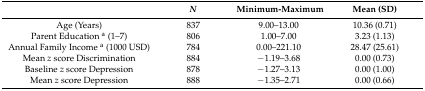
|  | N | Minimum-Maximum | Mean (SD) |
 | --- | --- | --- | --- |
 | Age (Years) | 837 | 9.00–13.00 | 10.36 (0.71) |
 | Parent Education a (1–7) | 806 | 1.00–7.00 | 3.23 (1.13) |
 | Annual Family Income a (1000 USD) | 784 | 0.00–221.10 | 28.47 (25.61) |
 | Mean z score Discrimination | 884 | −1.19–3.68 | 0.00 (0.73) |
 | Baseline z score Depression | 878 | −1.27–3.13 | 0.00 (1.00) |
 | Mean z score Depression | 888 | −1.35–2.71 | 0.00 (0.66) |